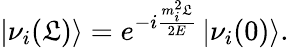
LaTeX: \left|\nu_{i}(\mathfrak{L})\right\rangle=e^{-i{\frac{{m_{i}^{2}\mathfrak{L}}}{{2E}}}}\left|\nu_{i}(0)\right\rangle.